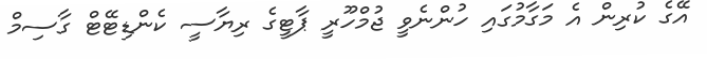
އޭގެ ކުރިން އެ މަގާމުގައި ހުންނެވީ ޖުމްހޫރީ ޕާޓީގެ ރިޔާސީ ކެންޑިޓޭޓް ގާސިމް